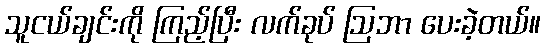
သူငယ်ချင်းကို ကြည့်ပြီး လက်ခုပ် ဩဘာ ပေးခဲ့တယ်။